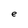
Character: e